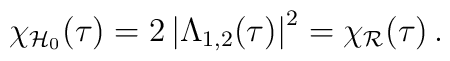
\chi_{\mathcal{H}_0}(\tau)   =  2 \left| \Lambda_{1,2}(\tau) \right|^2   =  \chi_{\mathcal{R}}(\tau) \,.